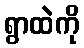
ရွာထဲကို